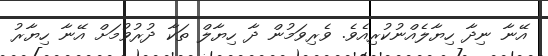
އޭނާ ނިދާ ހިޔާލެއްނުކުރިއެވެ. ވެރިވަމުން ދާ ހިޔާލް ތަކާ ދުރުވުމަށް އޭނާ ހިޔާރު